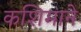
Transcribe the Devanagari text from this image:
कशिमाने